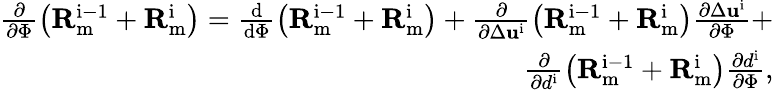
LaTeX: \begin{array}{r}{\frac{\partial}{\partial\Phi}\left(\mathbf{R}_{\mathrm{m}}^{\mathrm{i-1}}+\mathbf{R}_{\mathrm{m}}^{\mathrm{i}}\right)=\frac{\mathrm{d}}{\mathrm{d}\Phi}\left(\mathbf{R}_{\mathrm{m}}^{\mathrm{i-1}}+\mathbf{R}_{\mathrm{m}}^{\mathrm{i}}\right)+\frac{\partial}{\partial\Delta{{\mathbf{u}}^{\mathrm{i}}}}\left(\mathbf{R}_{\mathrm{m}}^{\mathrm{i-1}}+\mathbf{R}_{\mathrm{m}}^{\mathrm{i}}\right)\frac{\partial\Delta{{\mathbf{u}}^{\mathrm{i}}}}{\partial\Phi}+}\\ {\frac{\partial}{\partial{{d}^{\mathrm{i}}}}\left(\mathbf{R}_{\mathrm{m}}^{\mathrm{i-1}}+\mathbf{R}_{\mathrm{m}}^{\mathrm{i}}\right)\frac{\partial{{d}^{\mathrm{i}}}}{\partial\Phi},}\end{array}